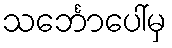
သင်္ဘောပေါ်မှ